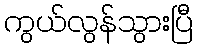
ကွယ်လွန်သွားပြီ